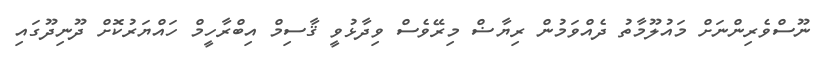
ނޫސްވެރިންނަށް މައުލޫމާތު ދެއްވަމުން ރިޔާޟް މިރޭވެސް ވިދާޅުވީ ޤާސިމް އިބްރާހީމް ހައްޔަރުކޮށް ދޫނިދޫގައި